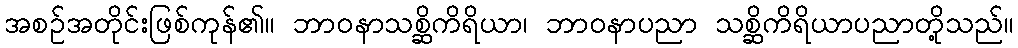
အစဉ်အတိုင်းဖြစ်ကုန်၏။ ဘာဝနာသစ္ဆိကိရိယာ၊ ဘာဝနာပညာ သစ္ဆိကိရိယာပညာတို့သည်။